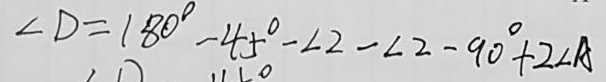
\angle D = 1 8 0 ^ { \circ } - 4 5 ^ { \circ } - \angle 2 - \angle 2 - 9 0 ^ { \circ } + 2 \angle A